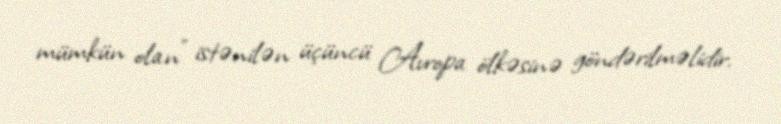
mümkün olan” istənilən üçüncü Avropa ölkəsinə göndərilməlidir.